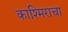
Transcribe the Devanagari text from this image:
काश्मिराचा